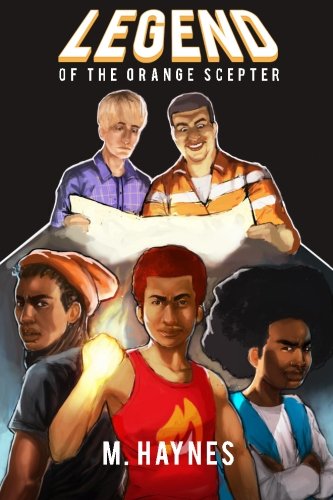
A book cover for Legend of the Orange Scepter (Age of Redd) (Volume 1); M. Haynes; Science Fiction & Fantasy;